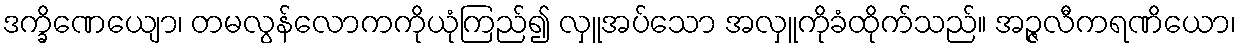
ဒက္ခိဏေယျော၊ တမလွန်လောကကိုယုံကြည်၍ လှူအပ်သော အလှူကိုခံထိုက်သည်။ အဉ္ဇလီကရဏိယော၊